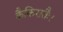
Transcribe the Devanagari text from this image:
कैकिरातैः।